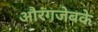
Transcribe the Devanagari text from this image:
औरंगजेबके